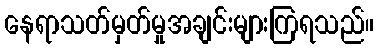
နေရာသတ်မှတ်မှုအချင်းများကြရသည်။